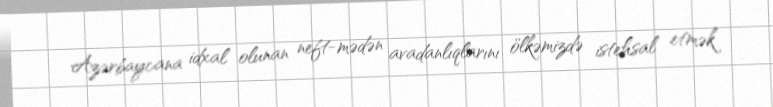
Azərbaycana idxal olunan neft-mədən avadanlıqlarını ölkəmizdə istehsal etmək